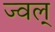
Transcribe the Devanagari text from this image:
ज्वल्